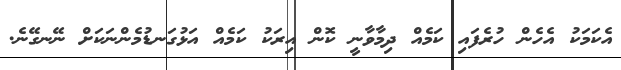
އެކަމަކު އެހެން ހުރެފައި ކަމެއް ދިމާވާނީ ކޮން އިރަކު ކަމެއް އަޅުގަނޑުމެންނަކަށް ނޭނގޭނެ.